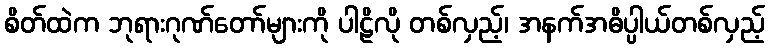
စိတ်ထဲက ဘုရားဂုဏ်တော်များကို ပါဠိလို တစ်လှည့်၊ အနက်အဓိပ္ပါယ်တစ်လှည့်